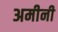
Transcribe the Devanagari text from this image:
अमीनी